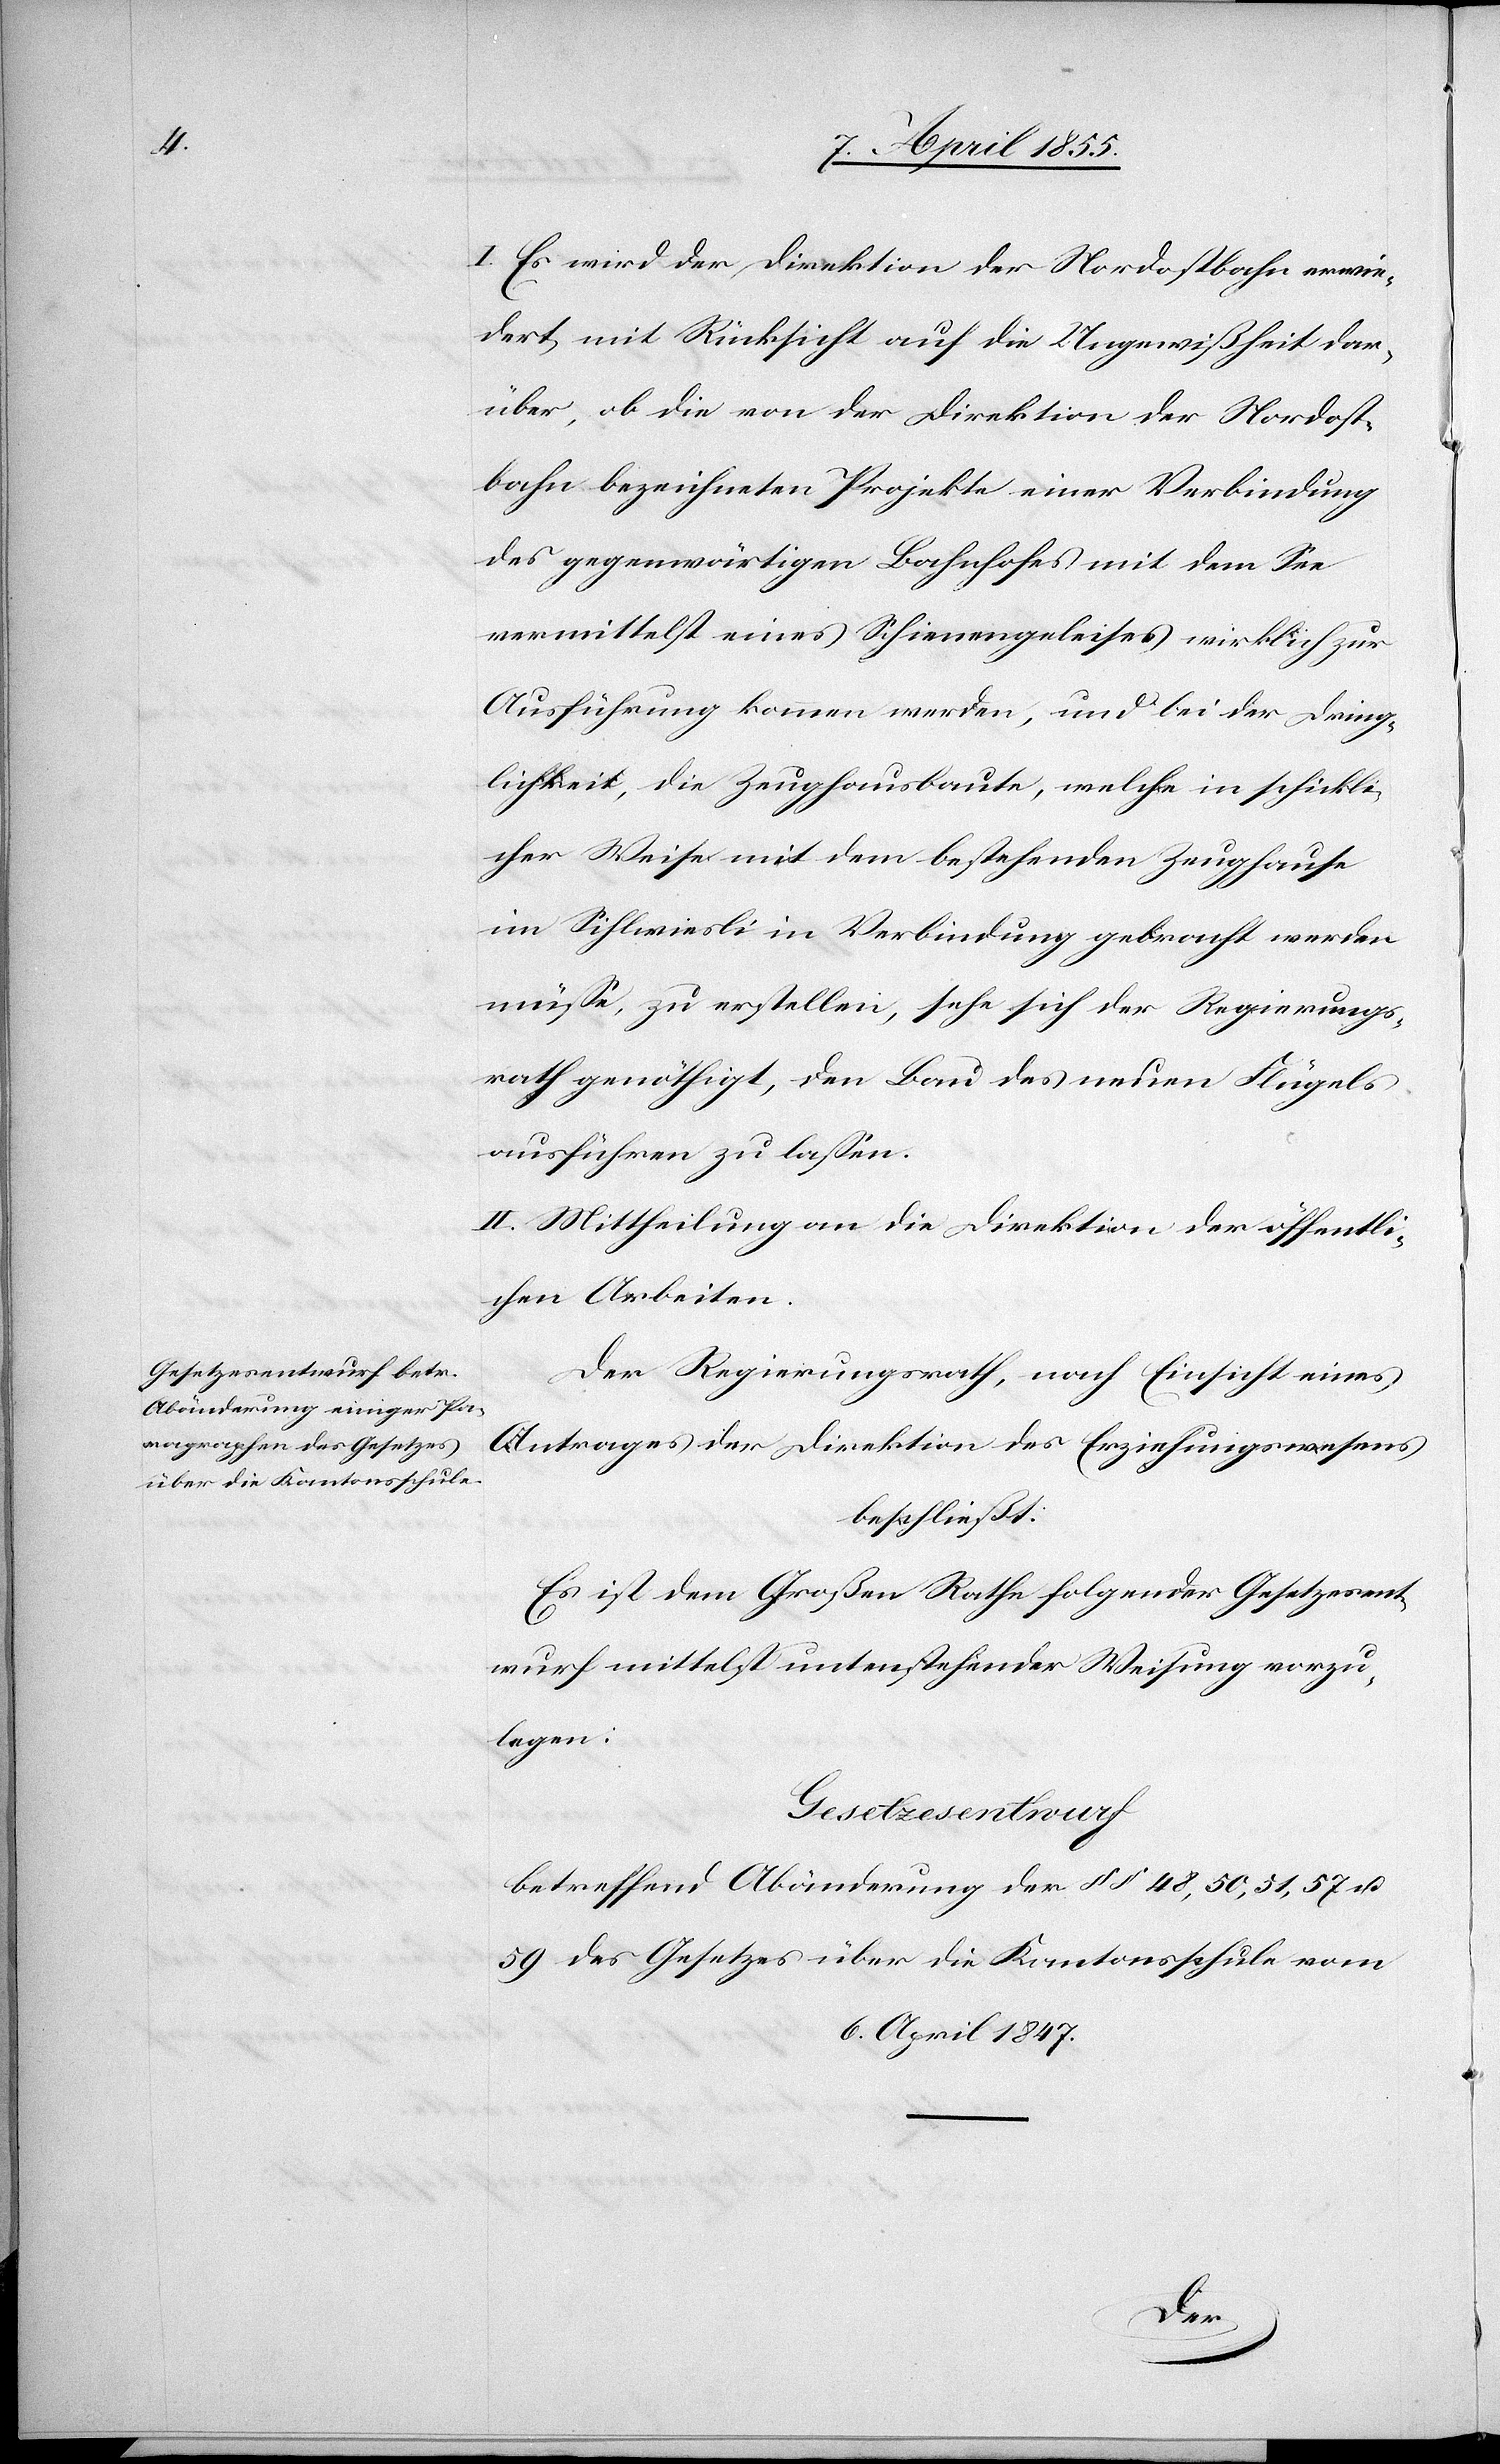
I. Es wird der Direktion der Nordostbahn erwie¬
dert, mit Rücksicht auf die Ungewißheit dar¬
über, ob die von der Direktion der Nordost¬
bahn bezeichneten Projekte einer Verbindung
des gegenwärtigen Bahnhofes mit dem See
vermittelst eines Schienengeleises wirklich zur
Ausführung kommen werden, und bei der Dring¬
lichkeit, die Zeughausbaute, welche in schickli¬
cher Weise mit dem bestehenden Zeughause
im Sihlwiesli in Verbindung gebracht werden
müsse, zu erstellen, sehe sich der Regierungs¬
rath genöthigt, den Bau des neuen Flügels
ausführen zu lassen.
II. Mittheilung an die Direktion der öffentli¬
chen Arbeiten.
Der Regierungsrath, nach Einsicht eines
Antrages der Direktion des Erziehungswesens
beschließt:
Es ist dem Großen Rathe folgender Gesetzesent¬
wurf mittelst untenstehender Weisung vorzu¬
______
Gesetzesentwurf
betreffend Abänderung der §§ 48, 50, 51, 57 u.
59 des Gesetzes über die Kantonsschule vom
6. April 1847.